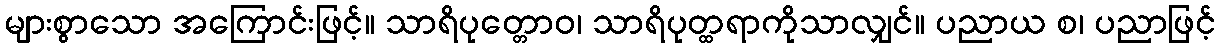
များစွာသော အကြောင်းဖြင့်။ သာရိပုတ္တောဝ၊ သာရိပုတ္ထရာကိုသာလျှင်။ ပညာယ စ၊ ပညာဖြင့်